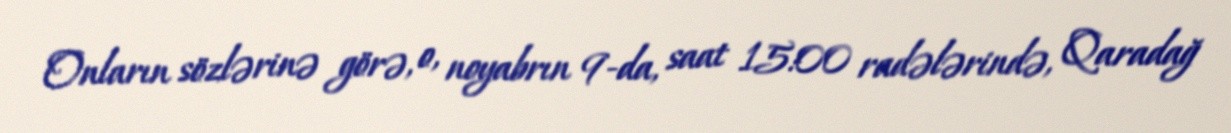
Onların sözlərinə görə, o, noyabrın 9-da, saat 15:00 radələrində, Qaradağ